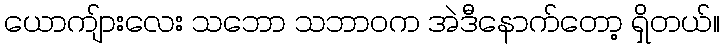
ယောကျ်ားလေး သဘော သဘာဝက အဲဒီနောက်တော့ ရှိတယ်။